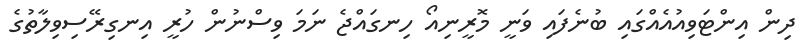
ދިން އިންޓަވިއުއެއްގައި ބުނެފައި ވަނީ މޮރީނިއޯ ހިނގައްޖެ ނަމަ ވިސްނުން ހުރީ އިނގިރޭސިވިލާތުގެ